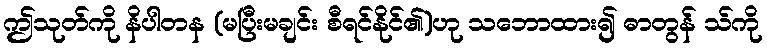
ဤသုတ်ကို နိပါတန (မပြီးမချင်း စီရင်နိုင်၏)ဟု သဘောထား၍ ဓာတွန် သ်ကို